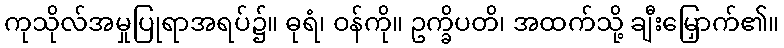
ကုသိုလ်အမှုပြုရာအရပ်၌။ ဓုရံ၊ ဝန်ကို။ ဥက္ခိပတိ၊ အထက်သို့ ချီးမြှောက်၏။